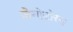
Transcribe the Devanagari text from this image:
ज़ेनोडोरस